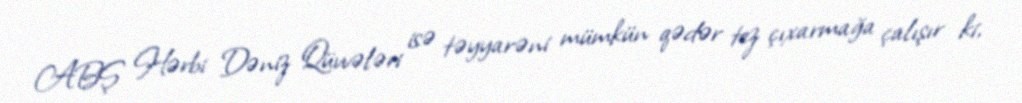
ABŞ Hərbi Dəniz Qüvvələri isə təyyarəni mümkün qədər tez çıxarmağa çalışır ki,